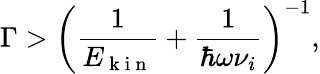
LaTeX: \Gamma>\left(\frac{1}{E_{\mathrm{~k~i~n~}}}+\frac{1}{\hbar\omega\nu_{i}}\right)^{-1},